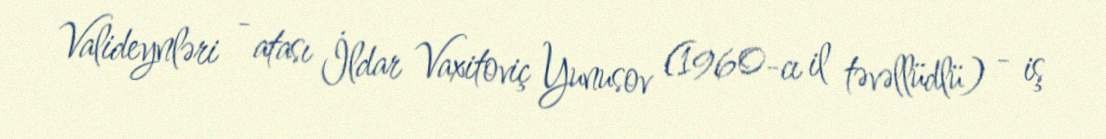
Valideynləri - atası İldar Vaxitoviç Yunusov (1960-cı il təvəllüdlü) - iş